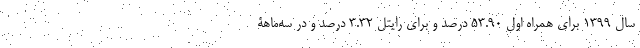
سال ۱۳۹۹ برای همراه اول ۵۳.۹۰ درصد و برای رایتل ۳.۳۲ درصد و در سه‌ماهۀ